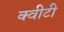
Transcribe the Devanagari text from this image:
क्‍वीटी